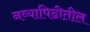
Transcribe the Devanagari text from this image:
नव्यापिढीतील